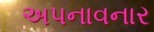
અપનાવનાર